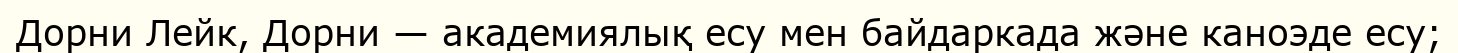
Дорни Лейк, Дорни — академиялық есу мен байдаркада және каноэде есу;